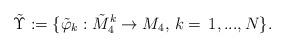
LaTeX: \begin{align*}\tilde{\Upsilon}:=\{\tilde{\varphi}_k:\tilde{M}^k_4\to M_4,\, k=\,1,...,N\}.\end{align*}